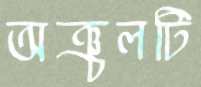
অঞ্চলটি